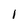
Character: 1